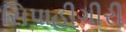
સિપાહીગીરી